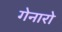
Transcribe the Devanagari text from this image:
गेनारो